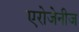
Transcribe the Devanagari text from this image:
एरोजेनीज